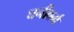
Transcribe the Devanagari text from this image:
घनीवर्ग